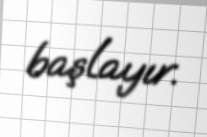
başlayır.